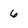
Character: 6